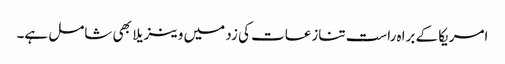
امریکا کے براہ راست تنازعات کی زد میں وینزیلا بھی شامل ہے۔